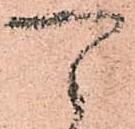
可